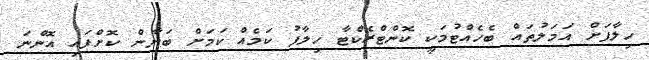
ހިލާފަށް އަމަލުތައް ބެހެއްޓުމަކީ ކޮންޓްރެކްޓާ ހިލާފު ކަމެއް ކަމަށް ބަޔާން ކޮށްފައި އޮންނަ